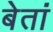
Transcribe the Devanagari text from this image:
बेतां